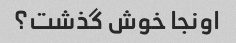
اونجا خوش گذشت؟